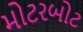
મોટરબોટ